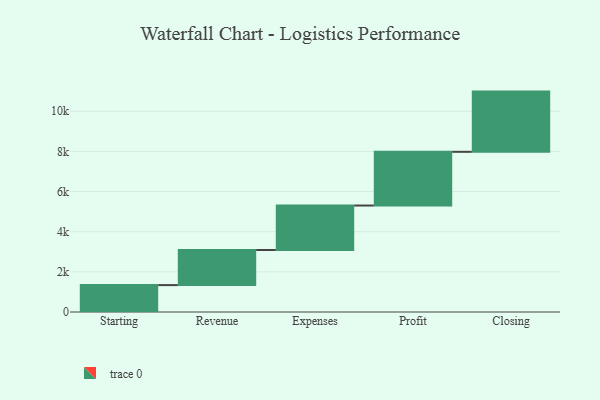
{"axis": {"x": "Step", "y": "Value"}, "legend": [""], "data": [{"x": "Starting", "y": 1340.0, "type": ""}, {"x": "Revenue", "y": 1749.0, "type": ""}, {"x": "Expenses", "y": 2215.0, "type": ""}, {"x": "Profit", "y": 2676.0, "type": ""}, {"x": "Closing", "y": 3000, "type": ""}]}